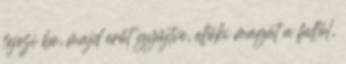
fejezi be, majd erőt gyűjtve, ellöki magát a faltól,